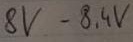
Text: 8V-8,4V